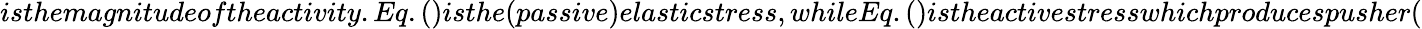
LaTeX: isthemagnitudeoftheactivity.Eq.()isthe(passive)elasticstress,whileEq.()istheactivestresswhichproducespusher(